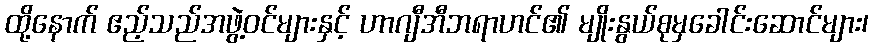
ထို့နောက် ဧည့်သည်အဖွဲ့ဝင်များနှင့် ဟာဂျီအီဘရာဟင်၏ မျိုးနွယ်စုမှခေါင်းဆောင်များ၊